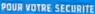
POUR VOTRE SECURITE